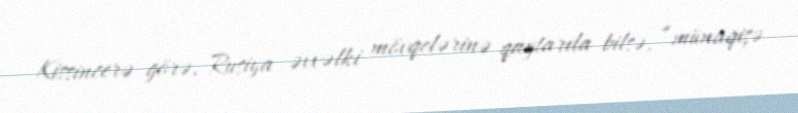
Kissincerə görə, Rusiya əvvəlki mövqelərinə qaytarıla bilsə, “münaqişə